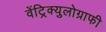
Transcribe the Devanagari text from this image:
वेंट्रिक्युलोग्राफी